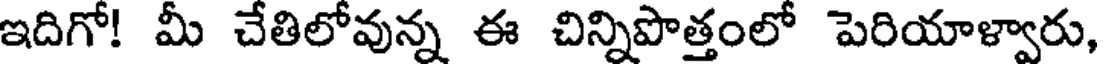
ఇదిగో! మీ చేతిలోవున్న ఈ చిన్నిపొత్తంలో పెరియాళ్వారు,